65_HS1-834228961_62-HQ-83894_Section_6
Agency: FBI
Page 241
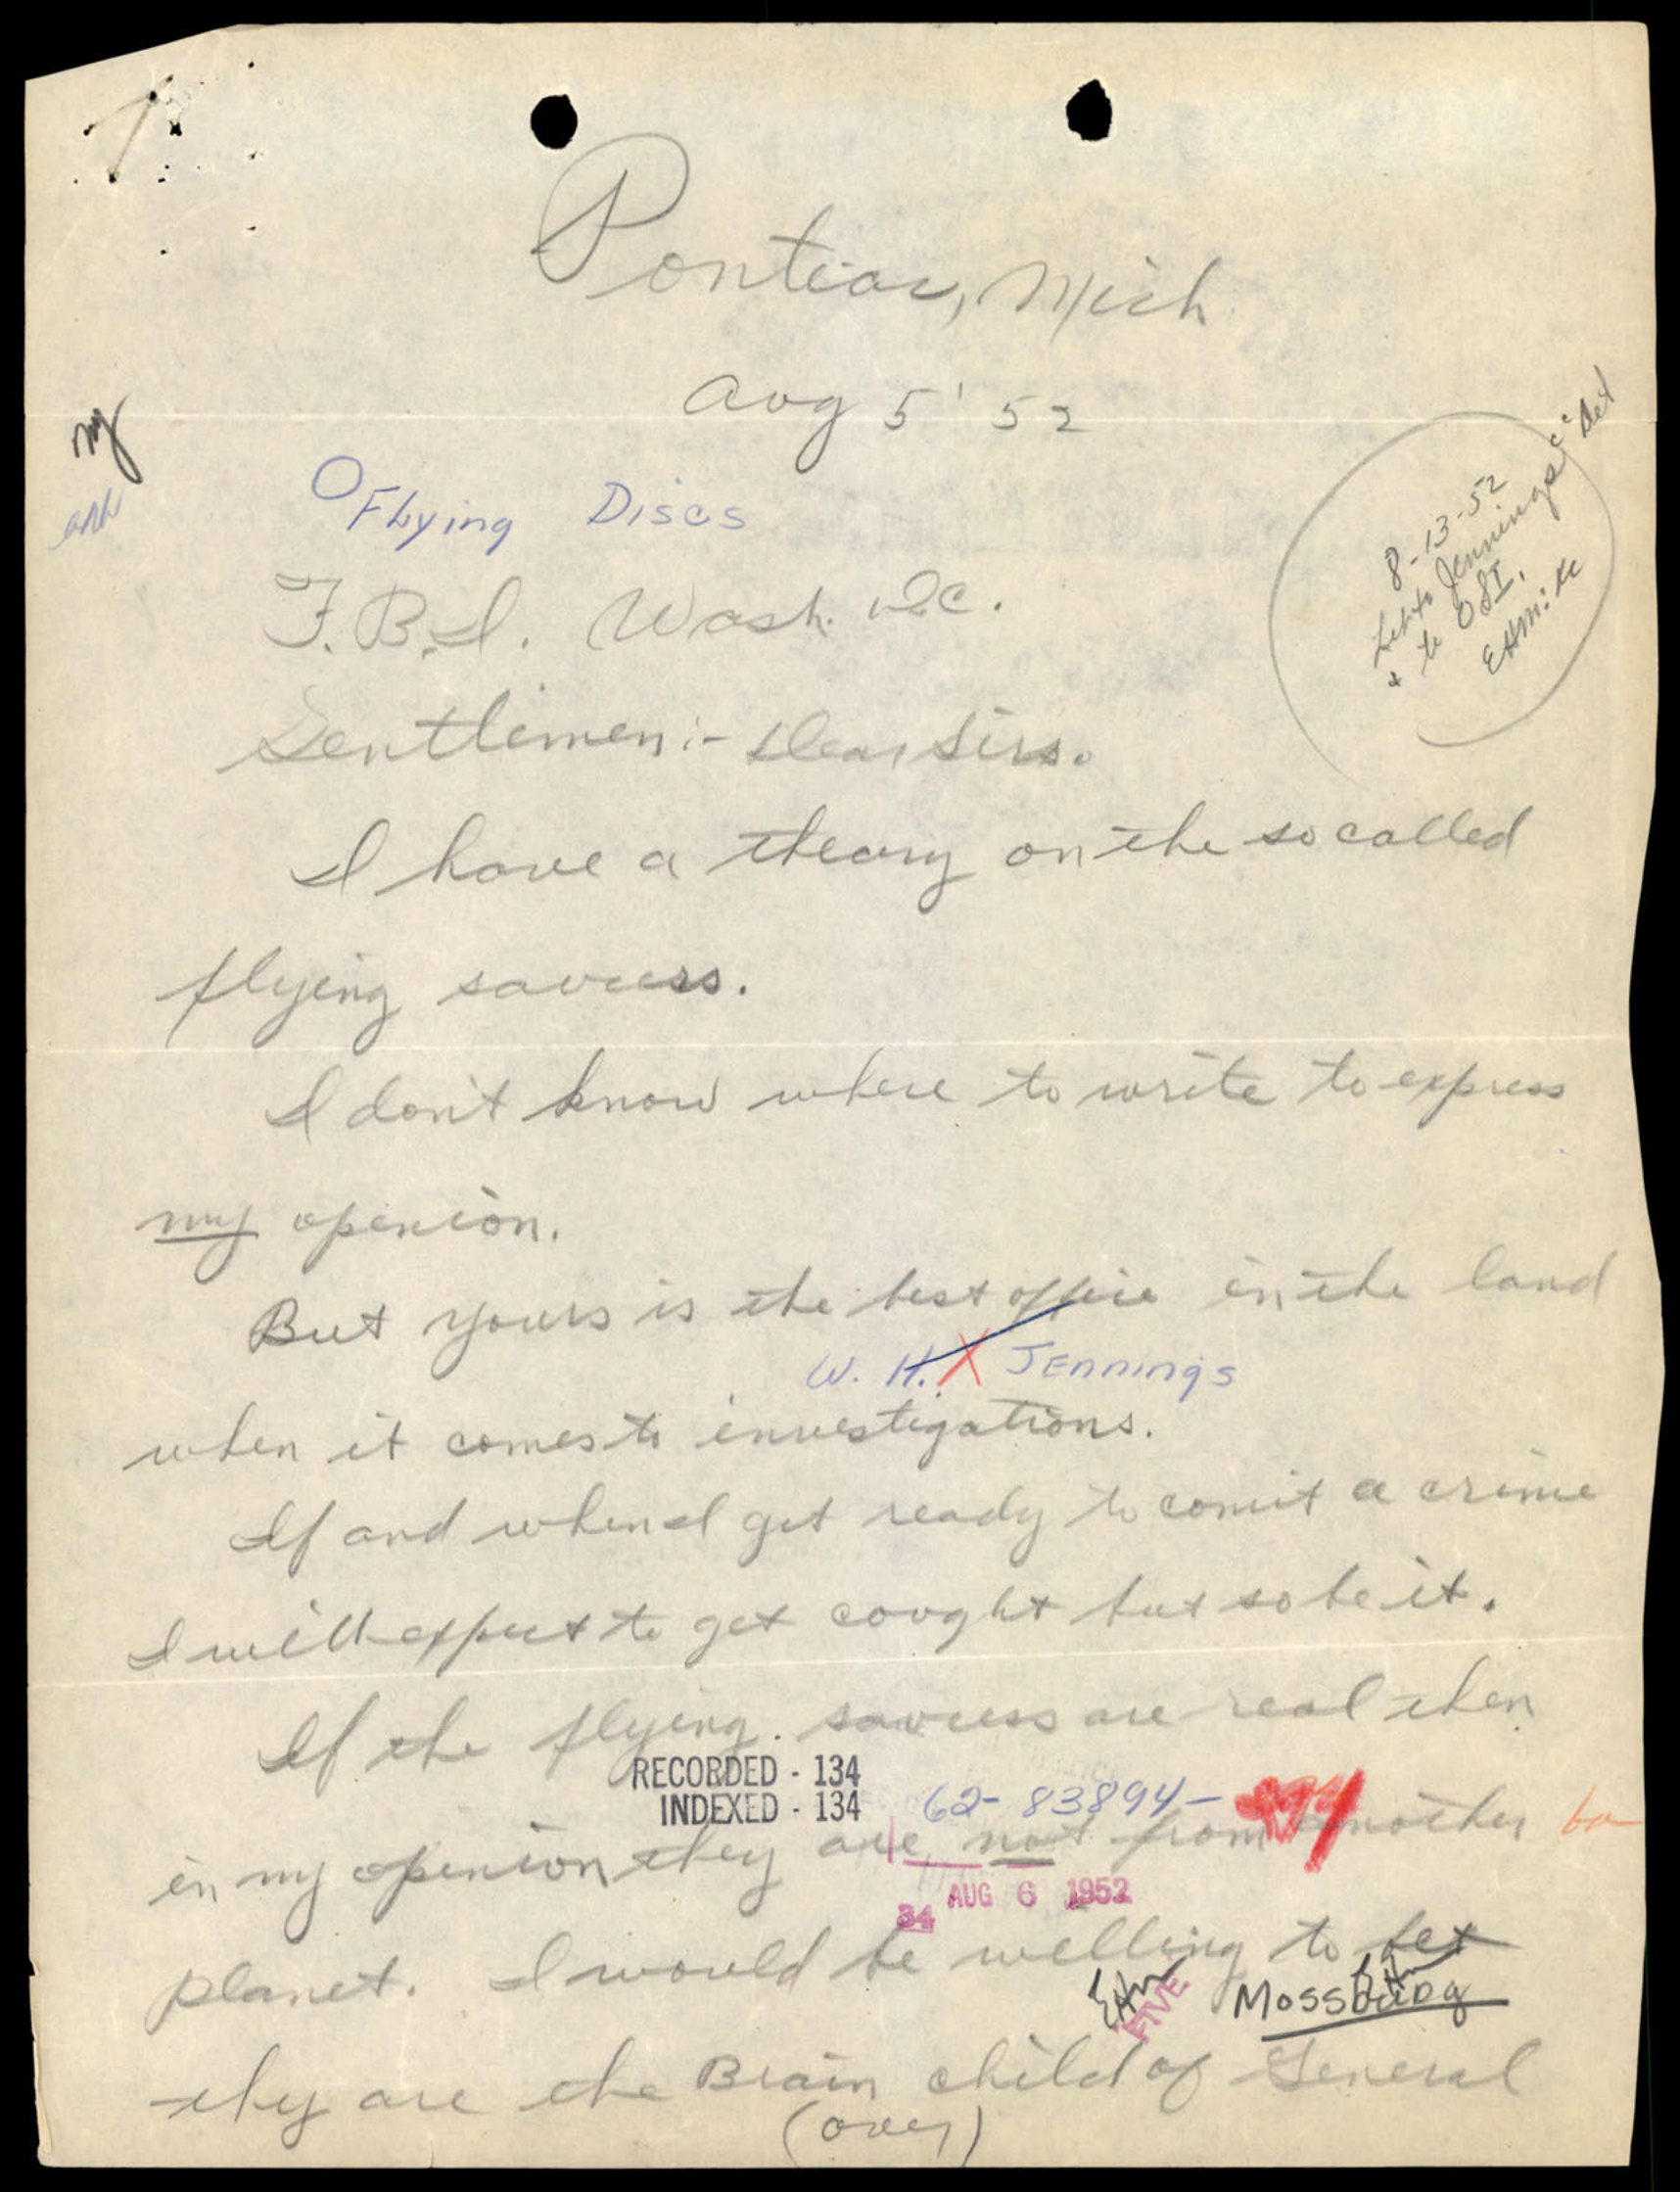